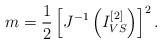
LaTeX: \begin{align*}m & = \frac{1}{2}\left[J^{-1}\left(I^{[2]}_{VS}\right)\right]^2.\end{align*}